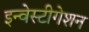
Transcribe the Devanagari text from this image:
इन्वेस्टीगेशन